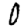
Digit: 0